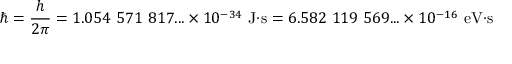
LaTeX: \hbar = { \frac { h } { 2 \pi } } = 1 . 0 5 4 \ 5 7 1 \ 8 1 7 . . . \times 1 0 ^ { - 3 4 } \ { \mathrm { J } } { \cdot } { \mathrm { s } } = 6 . 5 8 2 \ 1 1 9 \ 5 6 9 . . . \times 1 0 ^ { - 1 6 } \ { \mathrm { e V } } { \cdot } { \mathrm { s } }